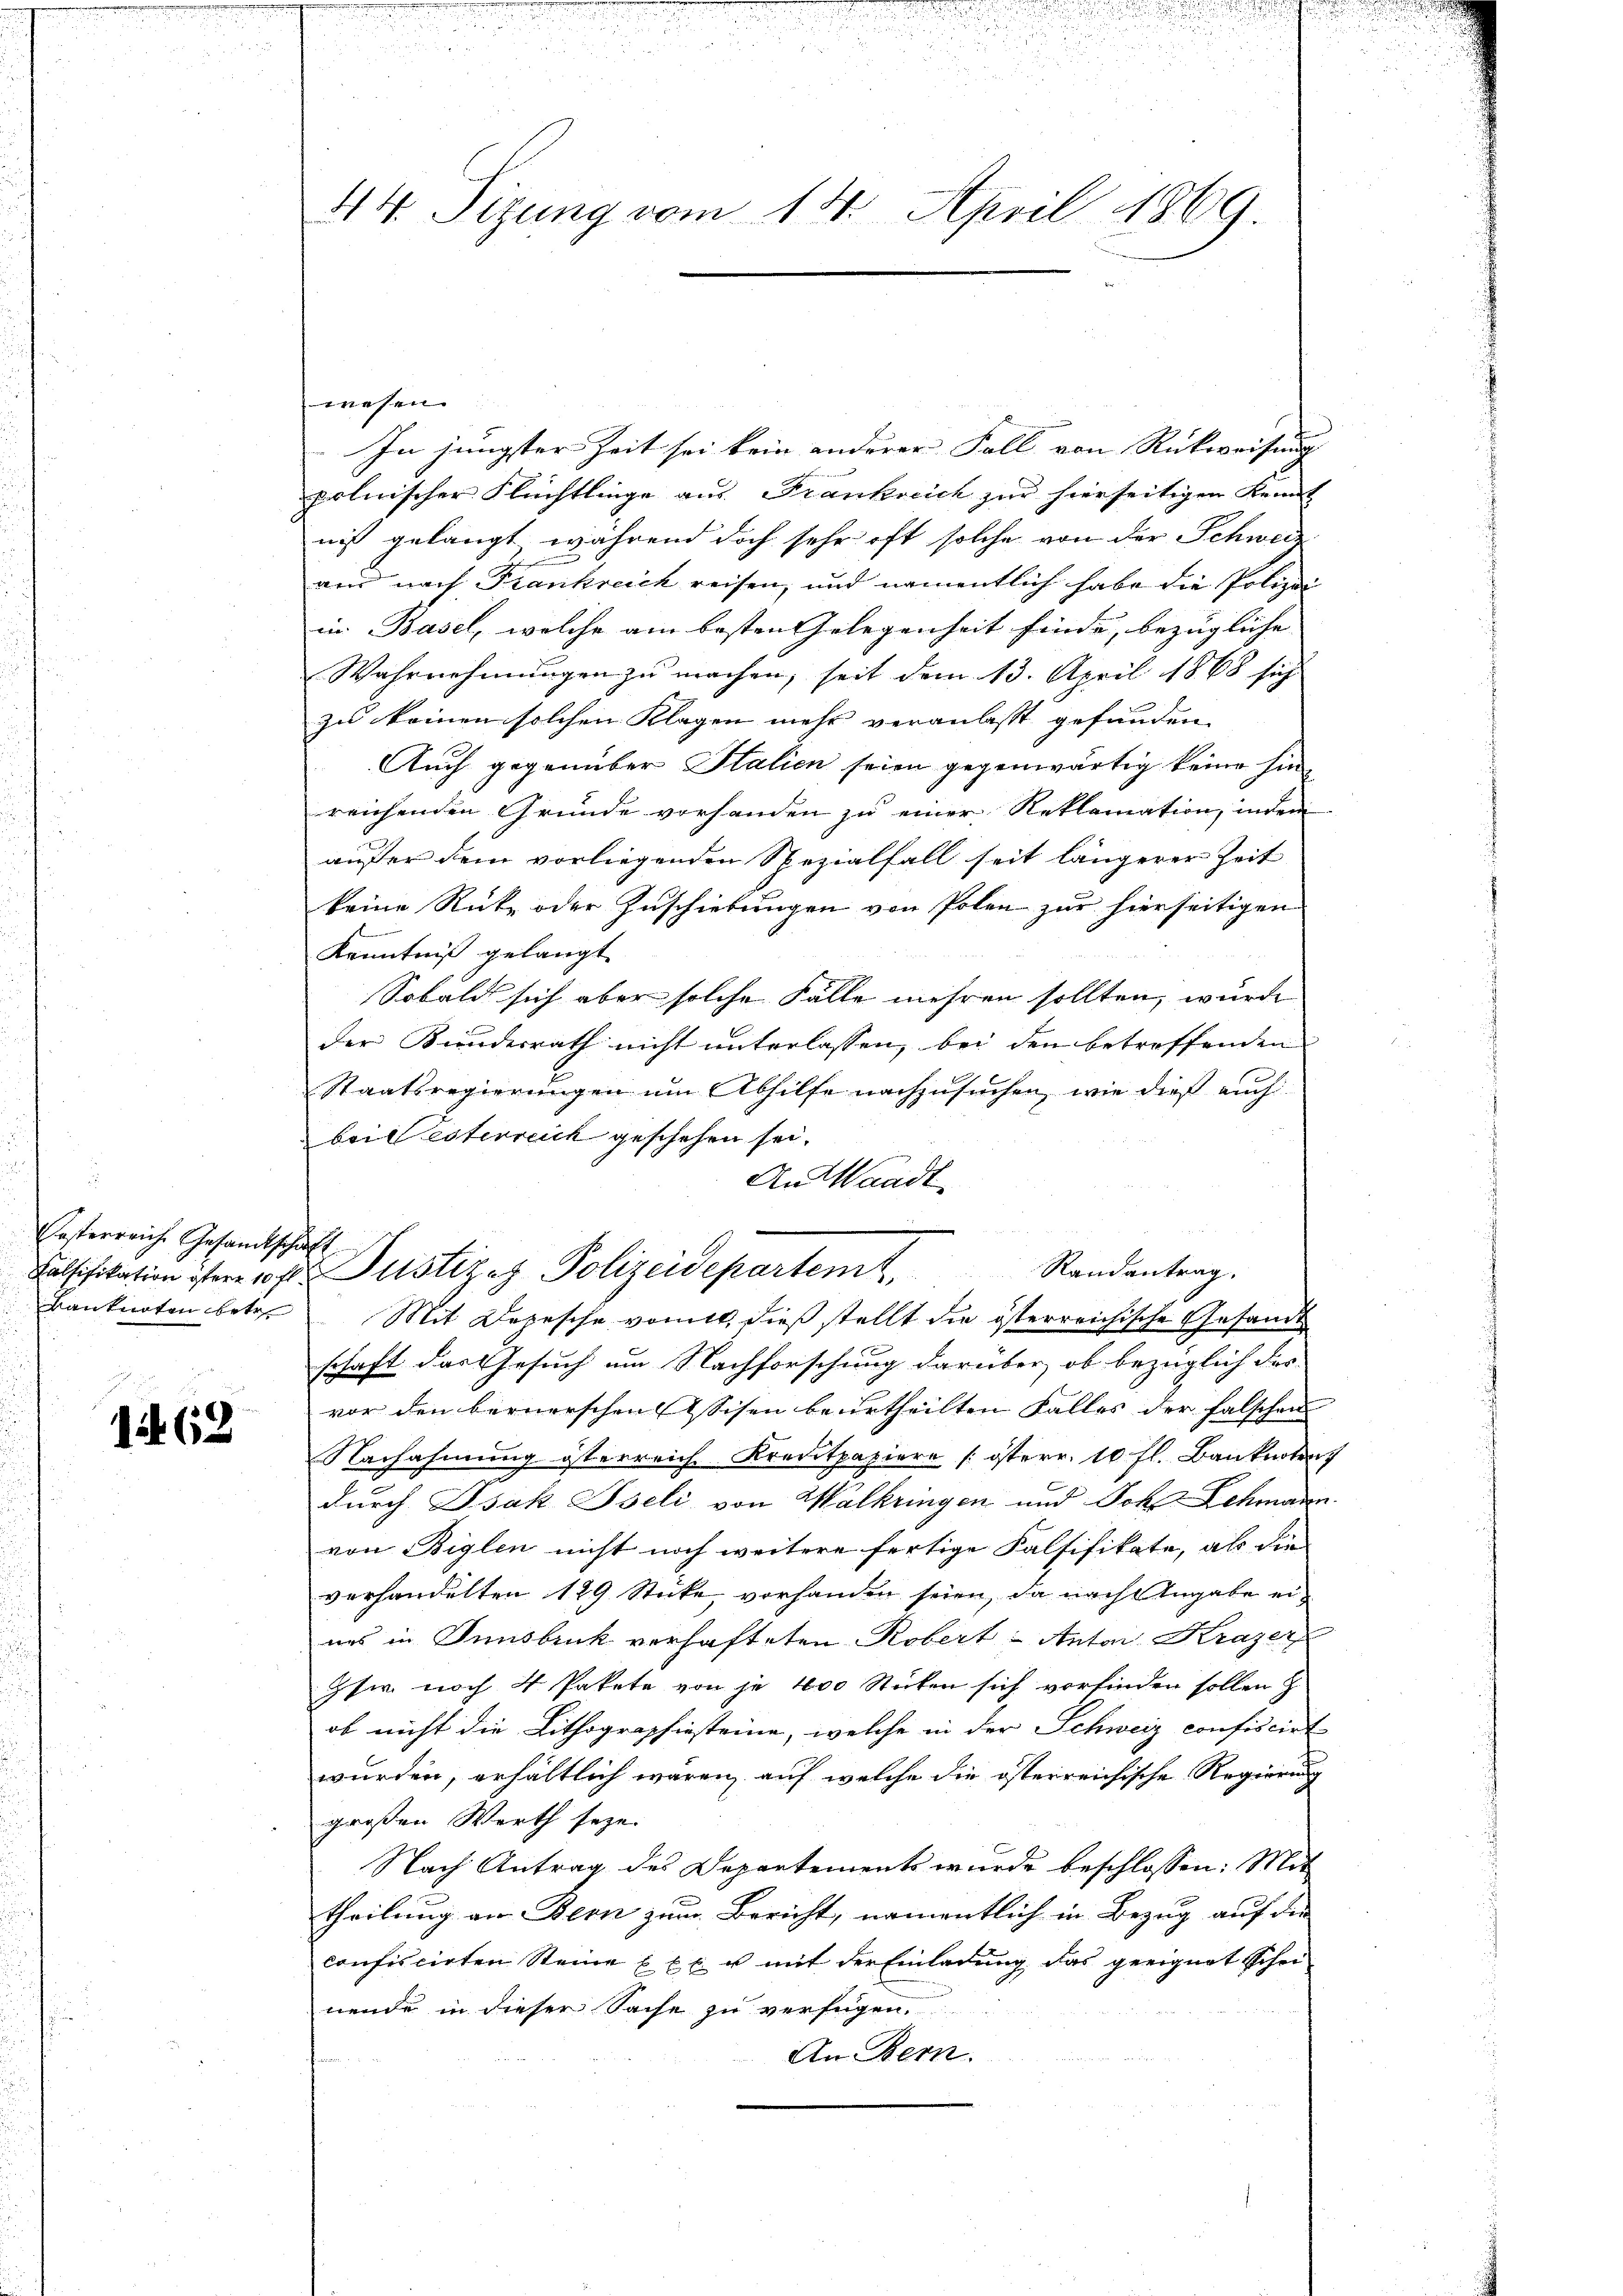
Eesterreich. Gesandtschaft

it. 63

44. Sitzung vom 14. April 1869

wesen.
In jüngster Zeit sei kein anderer Fall von Rückweisung
polnischer Flüchtlinge aus Frankreich zur hierseitigen Kennt
nis gelangt, während doch sehr oft solche von der Schweiz
au nach Frankreich reisen, und namentlich habe die Polizei
in Basel, welche am besten Gelegenheit finde, bezügliche |
Wahrnehmungen zu machen, seit dem 13. April 1868 sich
zu keinen solchen Klagen mehr veranlasst gefunden.
Auch gegenüber Stalien seien gegenwärtig keine hinreichenden Gründe vorhanden zu einer Reklamation, indem
außer dem vorliegenden Spezialfall seit längerer Zeit
keine Rücke oder Zuschiebungen von Polen zur hierseitigen
Kenntniß gelangt.
Sobald sich aber solche Fälle mehren sollten, wurde
der Kindesrath nicht unterlassen, bei den betreffenden
Staatsregierungen um Abhilfe nachzusuchen, wie dieß auch
bei desterreich geschehen sei.
An Waadt
Falsifikation ister 10 fl Justizes Polizeidepartemt. Randantrag.
Banknoten betr. Mit Depesche vomit, dieß stellt die österreichische Gesandt
schaft das Gesuch um Nachforschung darüber, ob bezüglich das
vor den bernerschen Assisen beurtheilten Falles der falschen
Nachahmung österreich Kreutpapiere / osterr. 10 fl. Banknoten
durch Isak Iseli von Walkringen und Joh. Schmann.
von Biglen nicht noch weitere fertige Falsifikate, als die
verhandelten 129 Stücke, vorhanden seien, da nach Angabe eiuns in Innsbruck verhafteten Robert - Anton Krazer
Gfer noch 4 Pakete von je 100 Stücken sich vorfinden sollen z
ob nicht die Lithographiesteine, welche in der Schweiz confiscirt
wurden, erhältlich wären, auf welche die österreichische Regierung
großen Werth seye.
Nach Antrag des Departements wurde beschlossen: Mit
theilung an Bern zum Bericht, namentlich in Bezug auf die
confiscirten Steine Exc. u. mit der Einladung das geeignet schei
nende in dieser Sache zu verfügen.
An Bern.